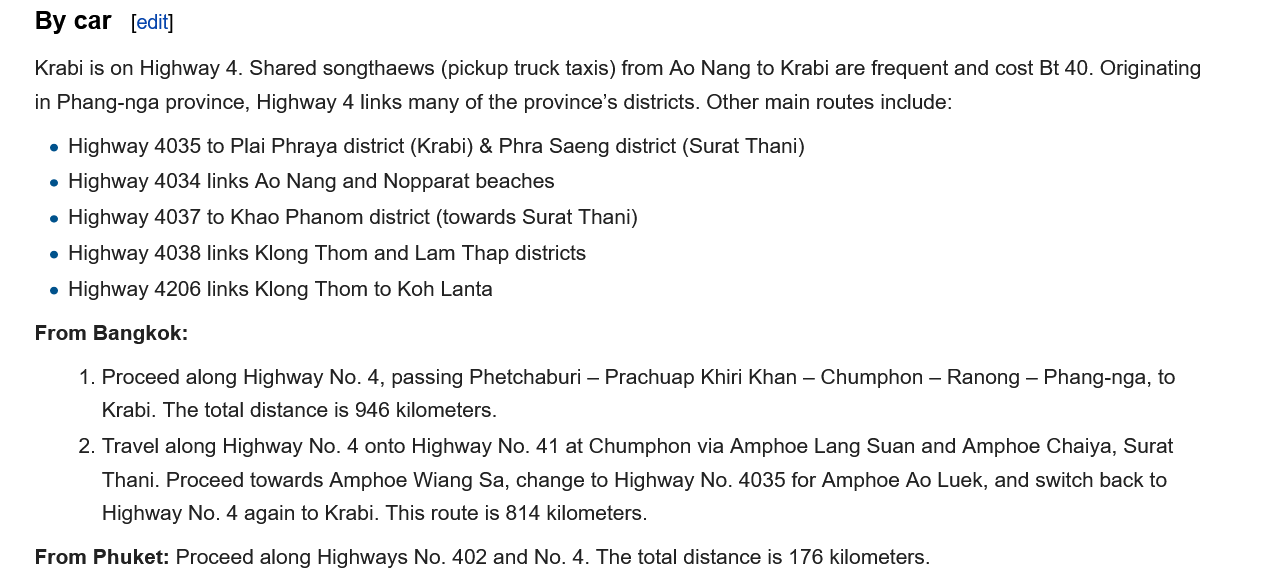
By car  [edit]
    Krabi is on Highway 4. Shared songthaews (pickup truck taxis) from Ao Nang to Krabi are frequent and cost Bt 40. Originating
    in Phang-nga province, Highway 4 links many of the province's districts. Other main routes include:
     Highway 4035 to Plai Phraya district (Krabi) & Phra Saeng district (Surat Thani)
     Highway 4034 links Ao Nang and Nopparat beaches
     Highway 4037 to Khao Phanom district (towards Surat Thani)
     Highway 4038 links Klong Thom and Lam Thap districts
     Highway 4206 links Klong Thom to Koh Lanta
    From Bangkok:
     1. Proceed along Highway No. 4, passing Phetchaburi
     — Prachuap Khiri Khan
     - Chumphon — Ranong — Phang-nga, to
     Krabi. The total distance is 946 kilometers.
     2. Travel along Highway No. 4 onto Highway No. 41 at Chumphon via Amphoe Lang Suan and Amphoe Chaiya, Surat
     Thani. Proceed towards Amphoe Wiang Sa, change to Highway No. 4035 for Amphoe Ao Luek, and switch back to
     Highway No. 4 again to Krabi. This route is 814 kilometers.
    From Phuket: Proceed along Highways No. 402 and No. 4. The total distance is 176 kilometers.